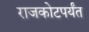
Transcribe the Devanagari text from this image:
राजकोटपर्यंत